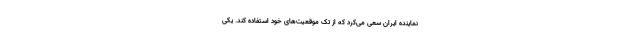
نماینده ایران سعی می‌کرد که از تک موقعیت‌های خود استفاده کند. یکی